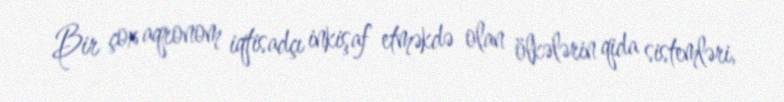
Bir çox aqronom iqtisadçı inkişaf etməkdə olan ölkələrin qida sistemləri,